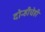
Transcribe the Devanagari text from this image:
दोन्हीचेही